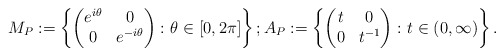
\begin{align*}M_P:=\left\{\begin{pmatrix}e^{i\theta}&0\\ 0&e^{-i\theta}\end{pmatrix}\colon\theta\in[0,2\pi]\right\};A_P:=\left\{\begin{pmatrix}t&0\\ 0&t^{-1}\end{pmatrix}\colon t\in(0,\infty)\right\}.\end{align*}